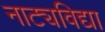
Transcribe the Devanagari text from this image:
नाट्यविद्या